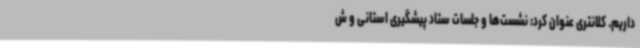
داریم. کلانتری عنوان کرد: نشست‌ها و جلسات ستاد پیشگیری استانی و ش